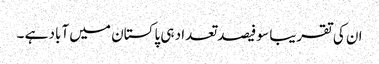
ان کی تقریبا سو فیصد تعداد ہی پاکستان میں آباد ہے ۔